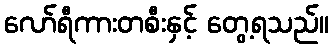
လော်ရီကားတစီးနှင့် တွေ့ရသည်။